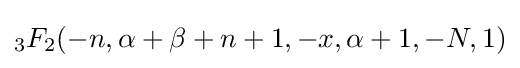
{}_{3}F_{2}(-n,\alpha +\beta +n+1,-x,\alpha +1,-N,1)